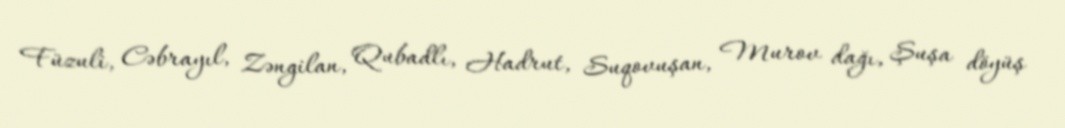
Füzuli, Cəbrayıl, Zəngilan, Qubadlı, Hadrut, Suqovuşan, Murov dağı, Şuşa döyüş